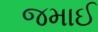
જમાઈ